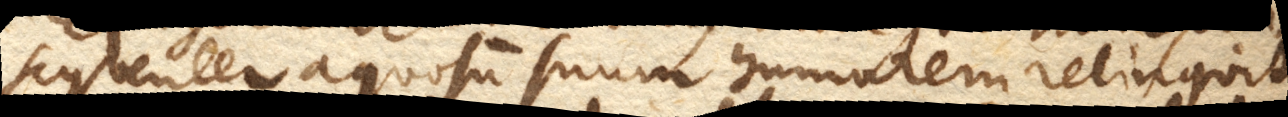
sequenter aquosum suum humorem relinquit